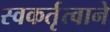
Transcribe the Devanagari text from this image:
स्वकर्तृत्वाने